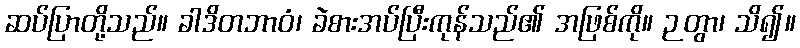
ဆပ်ပြာတို့သည်။ ခါဒိတဘာဝံ၊ ခဲစားအပ်ပြီးကုန်သည်၏ အဖြစ်ကို။ ဉတွာ၊ သိ၍။